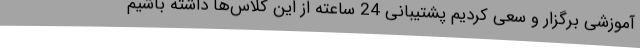
آموزشی برگزار و سعی کردیم پشتیبانی 24 ساعته از این کلاس‌ها داشته باشیم